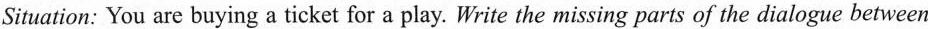
Situation: You are buying a ticket for a play. Write the missing parts of the dialogue between